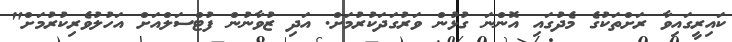
ކައިރީގައިވާ ރަށްތަކުގެ މެދުގައި އޮންނަ ގުޅުން ވަރުގަދަކުރުމަށް. އަދި ޒުވާނުން ފުޓްސަލްއަށް އަހުލުވެރިކުރުމަށް"